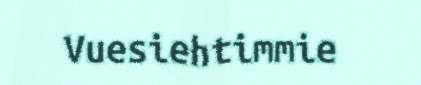
Vuesiehtimmie